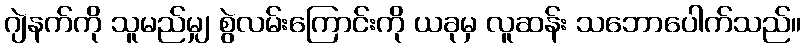
ဂျဲနက်ကို သူမည်မျှ စွဲလမ်းကြောင်းကို ယခုမှ လူဆန်း သဘောပေါက်သည်။